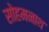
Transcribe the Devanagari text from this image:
सोहमनाथ